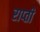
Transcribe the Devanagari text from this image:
राप्‍ती